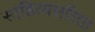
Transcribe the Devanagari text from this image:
साहित्यसरिता